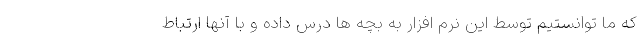
که ما توانستیم توسط این نرم افزار به بچه ها درس داده و با آنها ارتباط